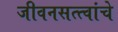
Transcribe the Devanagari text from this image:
जीवनसत्त्वांचे